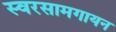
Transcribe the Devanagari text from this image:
स्वरसामगायन